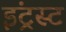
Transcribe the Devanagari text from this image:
इंट्रस्ट